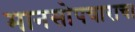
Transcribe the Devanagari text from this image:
मानसोपचाराचा